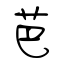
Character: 芭